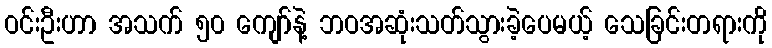
ဝင်းဦးဟာ အသက် ၅၀ ကျော်နဲ့ ဘဝအဆုံးသတ်သွားခဲ့ပေမယ့် သေခြင်းတရားကို